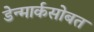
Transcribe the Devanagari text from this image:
डेन्मार्कसोबत